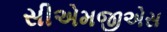
સીએમજીએસ